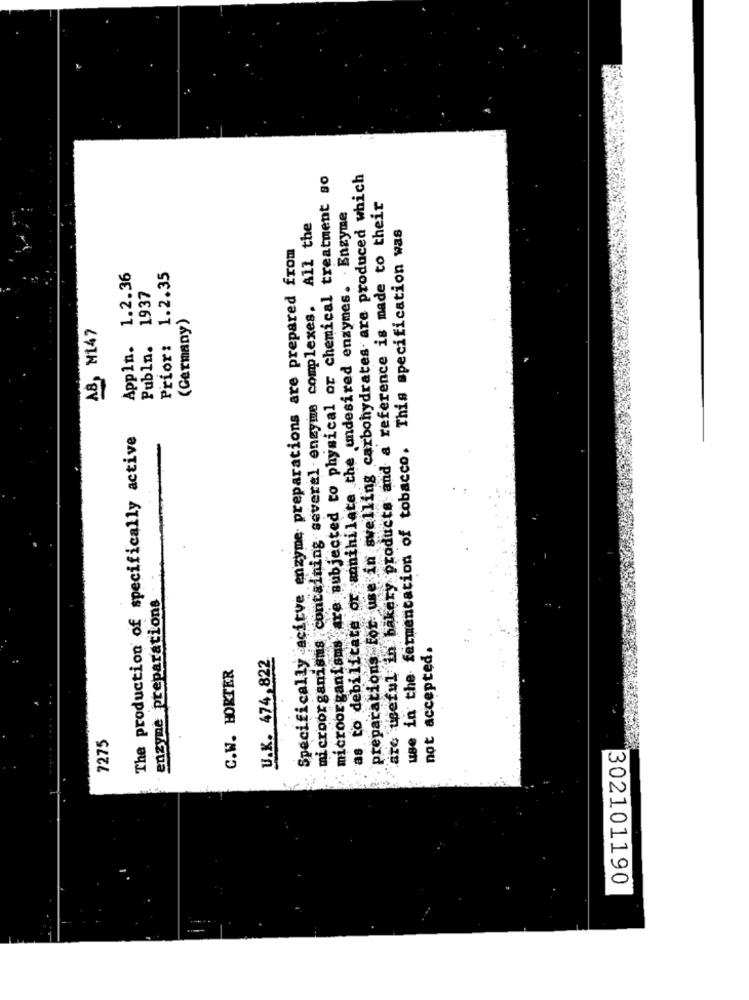
microorganisms are subjected to physical or chemical treatment so
preparations For use in swelling carbohydrates are produced which
as to debilitate or annihilate the undesired enzymes. Enzyme
are useful in bakery products and a reference is made to their
microorganisms containing several enzyms complexes. All the
use in the fermentation of tobacco. This specification was
Specifically acitve enzyme preparations are prepared from
Appln. 1.2.36
1.2.35
1937
(Germany)
A& M147
Publn.
Prior:
The production of specifically active
enzyme preparations
not accepted.
U.K. 474,822
C.W. HORTER
7275
302101190